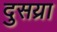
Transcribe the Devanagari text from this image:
दुसय्रा